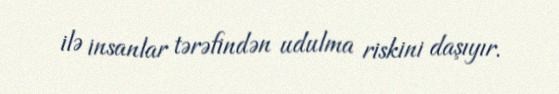
ilə insanlar tərəfindən udulma riskini daşıyır.